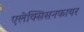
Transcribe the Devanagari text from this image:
एलेक्सिसनफायर